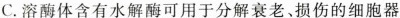
C.溶酶体含有水解酶可用于分解衰老、损伤的细胞器